NAE_EAA_P-1050_Enda_Kallas, lk 20
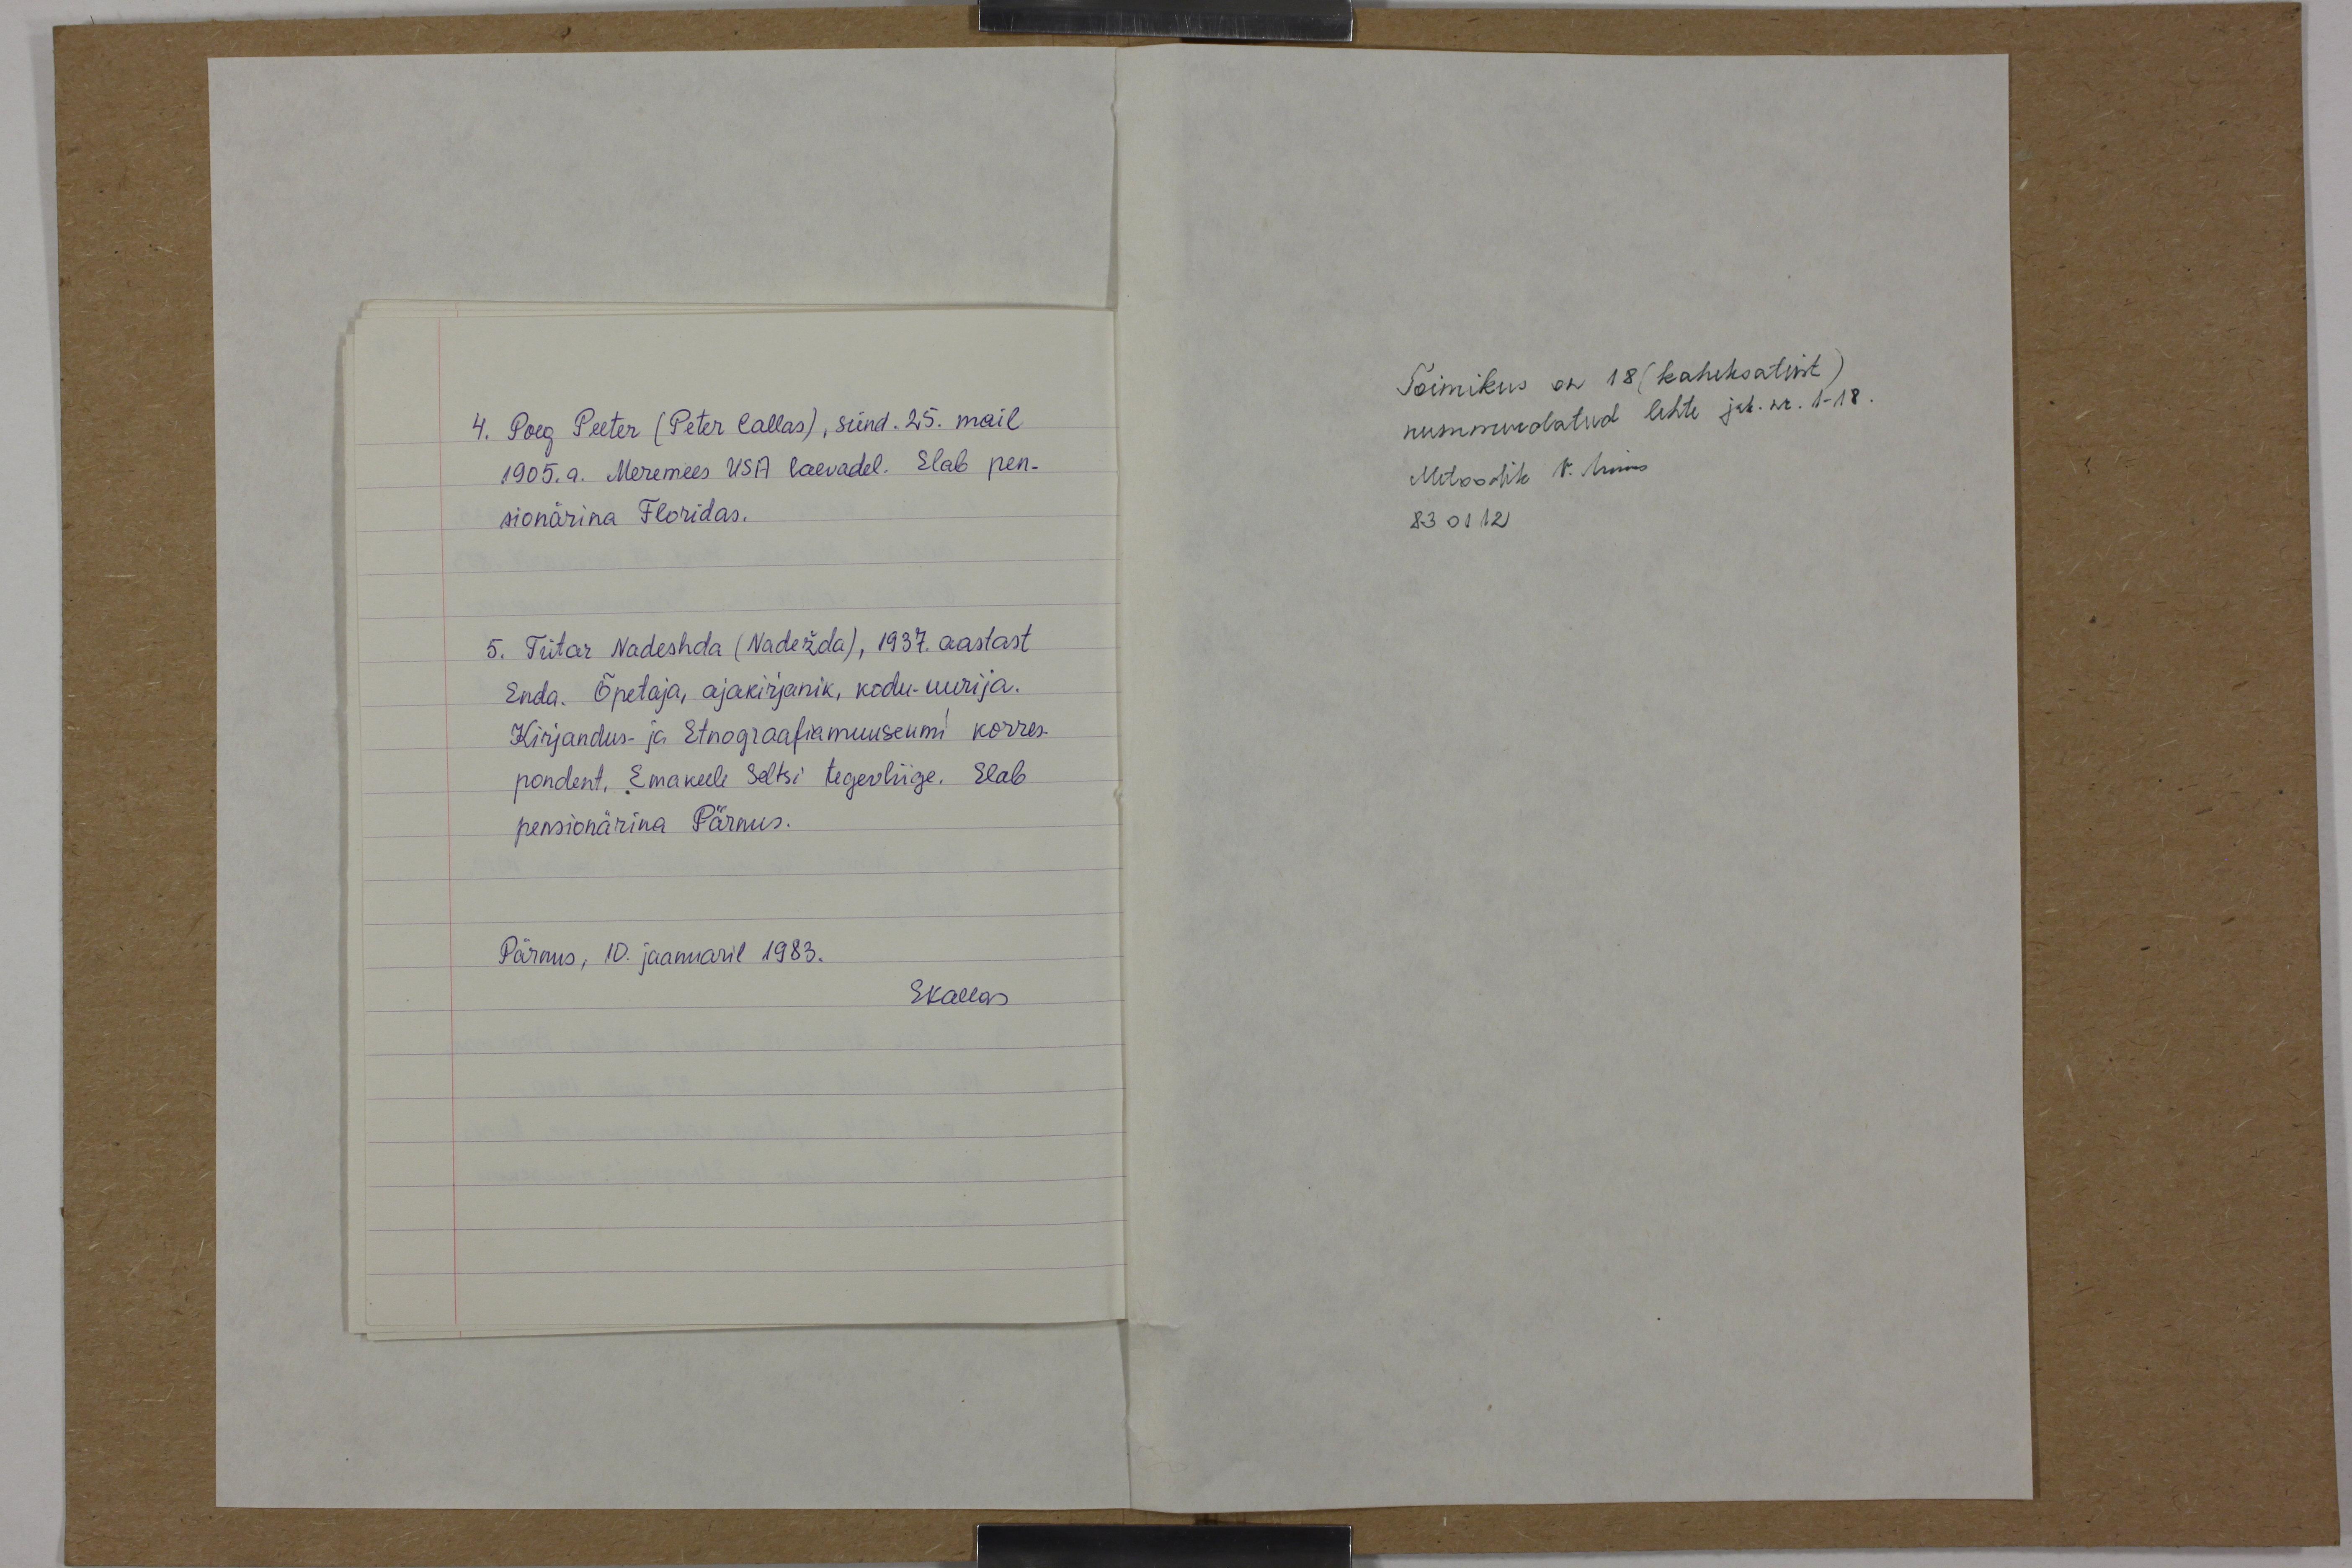
4. Poeg Peeter (Peter Callas), sünd. 25. mail
1905.a. Meremees USA laevadel. Elab pen-
sionärina Floridas.
5. Tütar Nadeshda (Nadežda), 1937. aastast
Enda. Õpetaja, ajakirjanik, kodu-uurija.
Kirjandus- ja Etnograafiamuuseumi korres-
pondent, Emakeele Seltsi tegevliige. Elab
pensionärina Pärnus.
Pärnus, 10. jaanuaril 1983.
EKallas

Toimikus on 18 (kaheksateist)
nummerdatud lehte jrk. nr. 1-18.
Metoodik V. Kuus
83 01 12